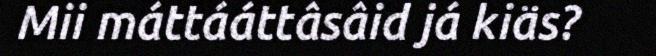
Mii máttááttâsâid já kiäs?